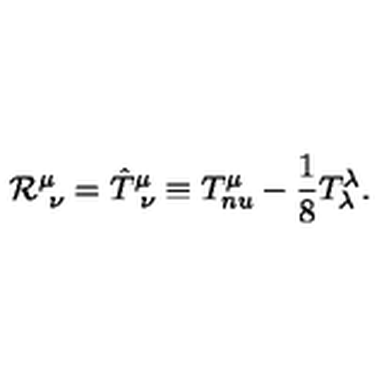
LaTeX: { \cal R } _ { \ \nu } ^ { \mu } = { \hat { T } } _ { \ \nu } ^ { \mu } \equiv T _ { n u } ^ { \mu } - { \frac { 1 } { 8 } } T _ { \lambda } ^ { \lambda } .